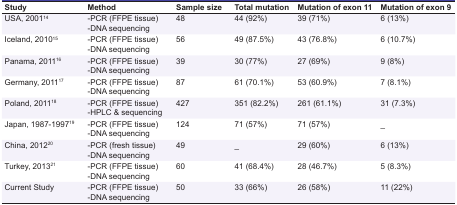
<table><thead><tr><td><b>Study</b></td><td><b>Method</b></td><td><b>Sample size</b></td><td><b>Total mutation</b></td><td><b>Mutation of exon 11</b></td><td><b>Mutation of exon 9</b></td></tr></thead><tbody><tr><td>USA, 2001<sup>14</sup></td><td>-PCR (FFPE tissue) -DNA sequencing</td><td> 48 </td><td> 44 (92%) </td><td> 39 (71%) </td><td> 6 (13%) </td></tr><tr><td>Iceland, 2010<sup>15</sup></td><td>-PCR (FFPE tissue) -DNA sequencing</td><td> 56 </td><td> 49 (87.5%) </td><td> 43 (76.8%) </td><td> 6 (10.7%) </td></tr><tr><td>Panama, 2011<sup>16</sup></td><td>-PCR (FFPE tissue) -DNA sequencing</td><td> 39 </td><td> 30 (77%) </td><td> 27 (69%) </td><td> 9 (8%) </td></tr><tr><td>Germany, 2011<sup>17</sup></td><td>-PCR (FFPE tissue) -DNA sequencing</td><td> 87 </td><td> 61 (70.1%) </td><td> 53 (60.9%) </td><td> 7 (8.1%) </td></tr><tr><td>Poland, 2011<sup>18</sup></td><td>-PCR (FFPE tissue) -HPLC &amp; sequencing</td><td> 427 </td><td> 351 (82.2%) </td><td> 261 (61.1%) </td><td> 31 (7.3%) </td></tr><tr><td>Japan, 1987-1997<sup>19</sup></td><td>-PCR (FFPE tissue) -DNA sequencing</td><td> 124 </td><td> 71 (57%) </td><td> 71 (57%) </td><td> _ </td></tr><tr><td>China, 2012<sup>20</sup></td><td>-PCR (fresh tissue) -DNA sequencing</td><td> 49 </td><td> _ </td><td> 29 (60%) </td><td> 6 (13%) </td></tr><tr><td>Turkey, 2013<sup>21</sup></td><td>-PCR (FFPE tissue) -DNA sequencing</td><td> 60 </td><td> 41 (68.4%) </td><td> 28 (46.7%) </td><td> 5 (8.3%) </td></tr><tr><td> Current Study </td><td>-PCR (FFPE tissue) -DNA sequencing</td><td> 50 </td><td> 33 (66%) </td><td> 26 (58%) </td><td> 11 (22%) </td></tr></tbody></table>